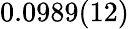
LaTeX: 0.0989(12)